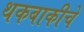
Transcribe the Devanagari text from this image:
थकबाकीचे